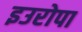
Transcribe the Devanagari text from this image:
इउरोपा